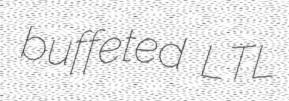
buffeted LTL